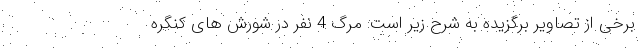
برخی از تصاویر برگزیده به شرح زیر است: مرگ 4 نفر در شورش های کنگره